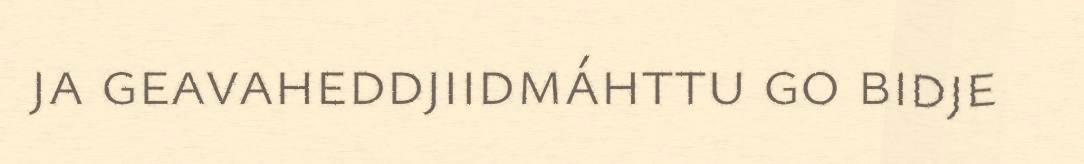
ja geavaheddjiidmáhttu go bidje